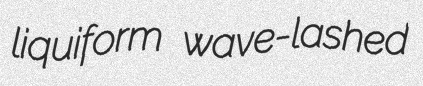
liquiform wave-lashed